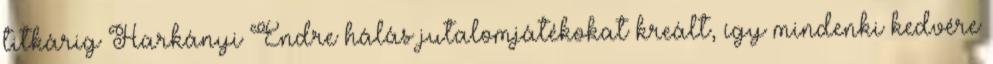
titkárig Harkányi Endre hálás jutalomjátékokat kreált, így mindenki kedvére